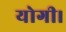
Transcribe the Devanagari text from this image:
योगी।